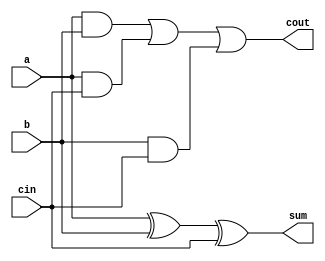
module FA (
    a,
    b,
    cin,
    cout,
    sum
);
    input a, b, cin;
    output cout, sum;

    wire cout_0, cout_1, cout_2, cout_3;
    and (cout_0, a, b);
    and (cout_1, a, cin);
    and (cout_2, b, cin);
    or (cout_3, cout_0, cout_1);
    or (cout, cout_3, cout_2);


    wire sum_0;
    xor (sum_0, a, b);
    xor (sum, sum_0, cin);
endmodule